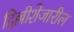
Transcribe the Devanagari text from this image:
दिल्लीशेजारील